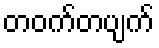
တဝက်တပျက်